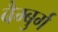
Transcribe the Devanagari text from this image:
बैम्बुर्ग